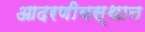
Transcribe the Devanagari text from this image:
आदरणीयस्थान